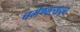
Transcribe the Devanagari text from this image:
चर्मण्वत्याश्व